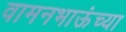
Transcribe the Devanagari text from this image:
वामनभाऊंच्या